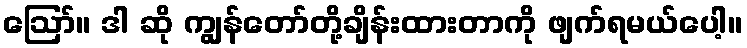
ဪ။ ဒါ ဆို ကျွန်တော်တို့ချိန်းထားတာကို ဖျက်ရမယ်ပေါ့။